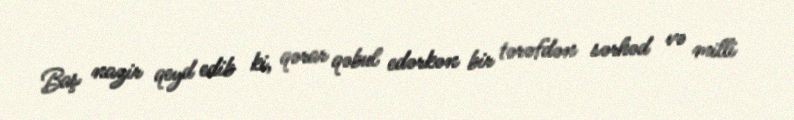
Baş nazir qeyd edib ki, qərar qəbul edərkən bir tərəfdən sərhəd və milli